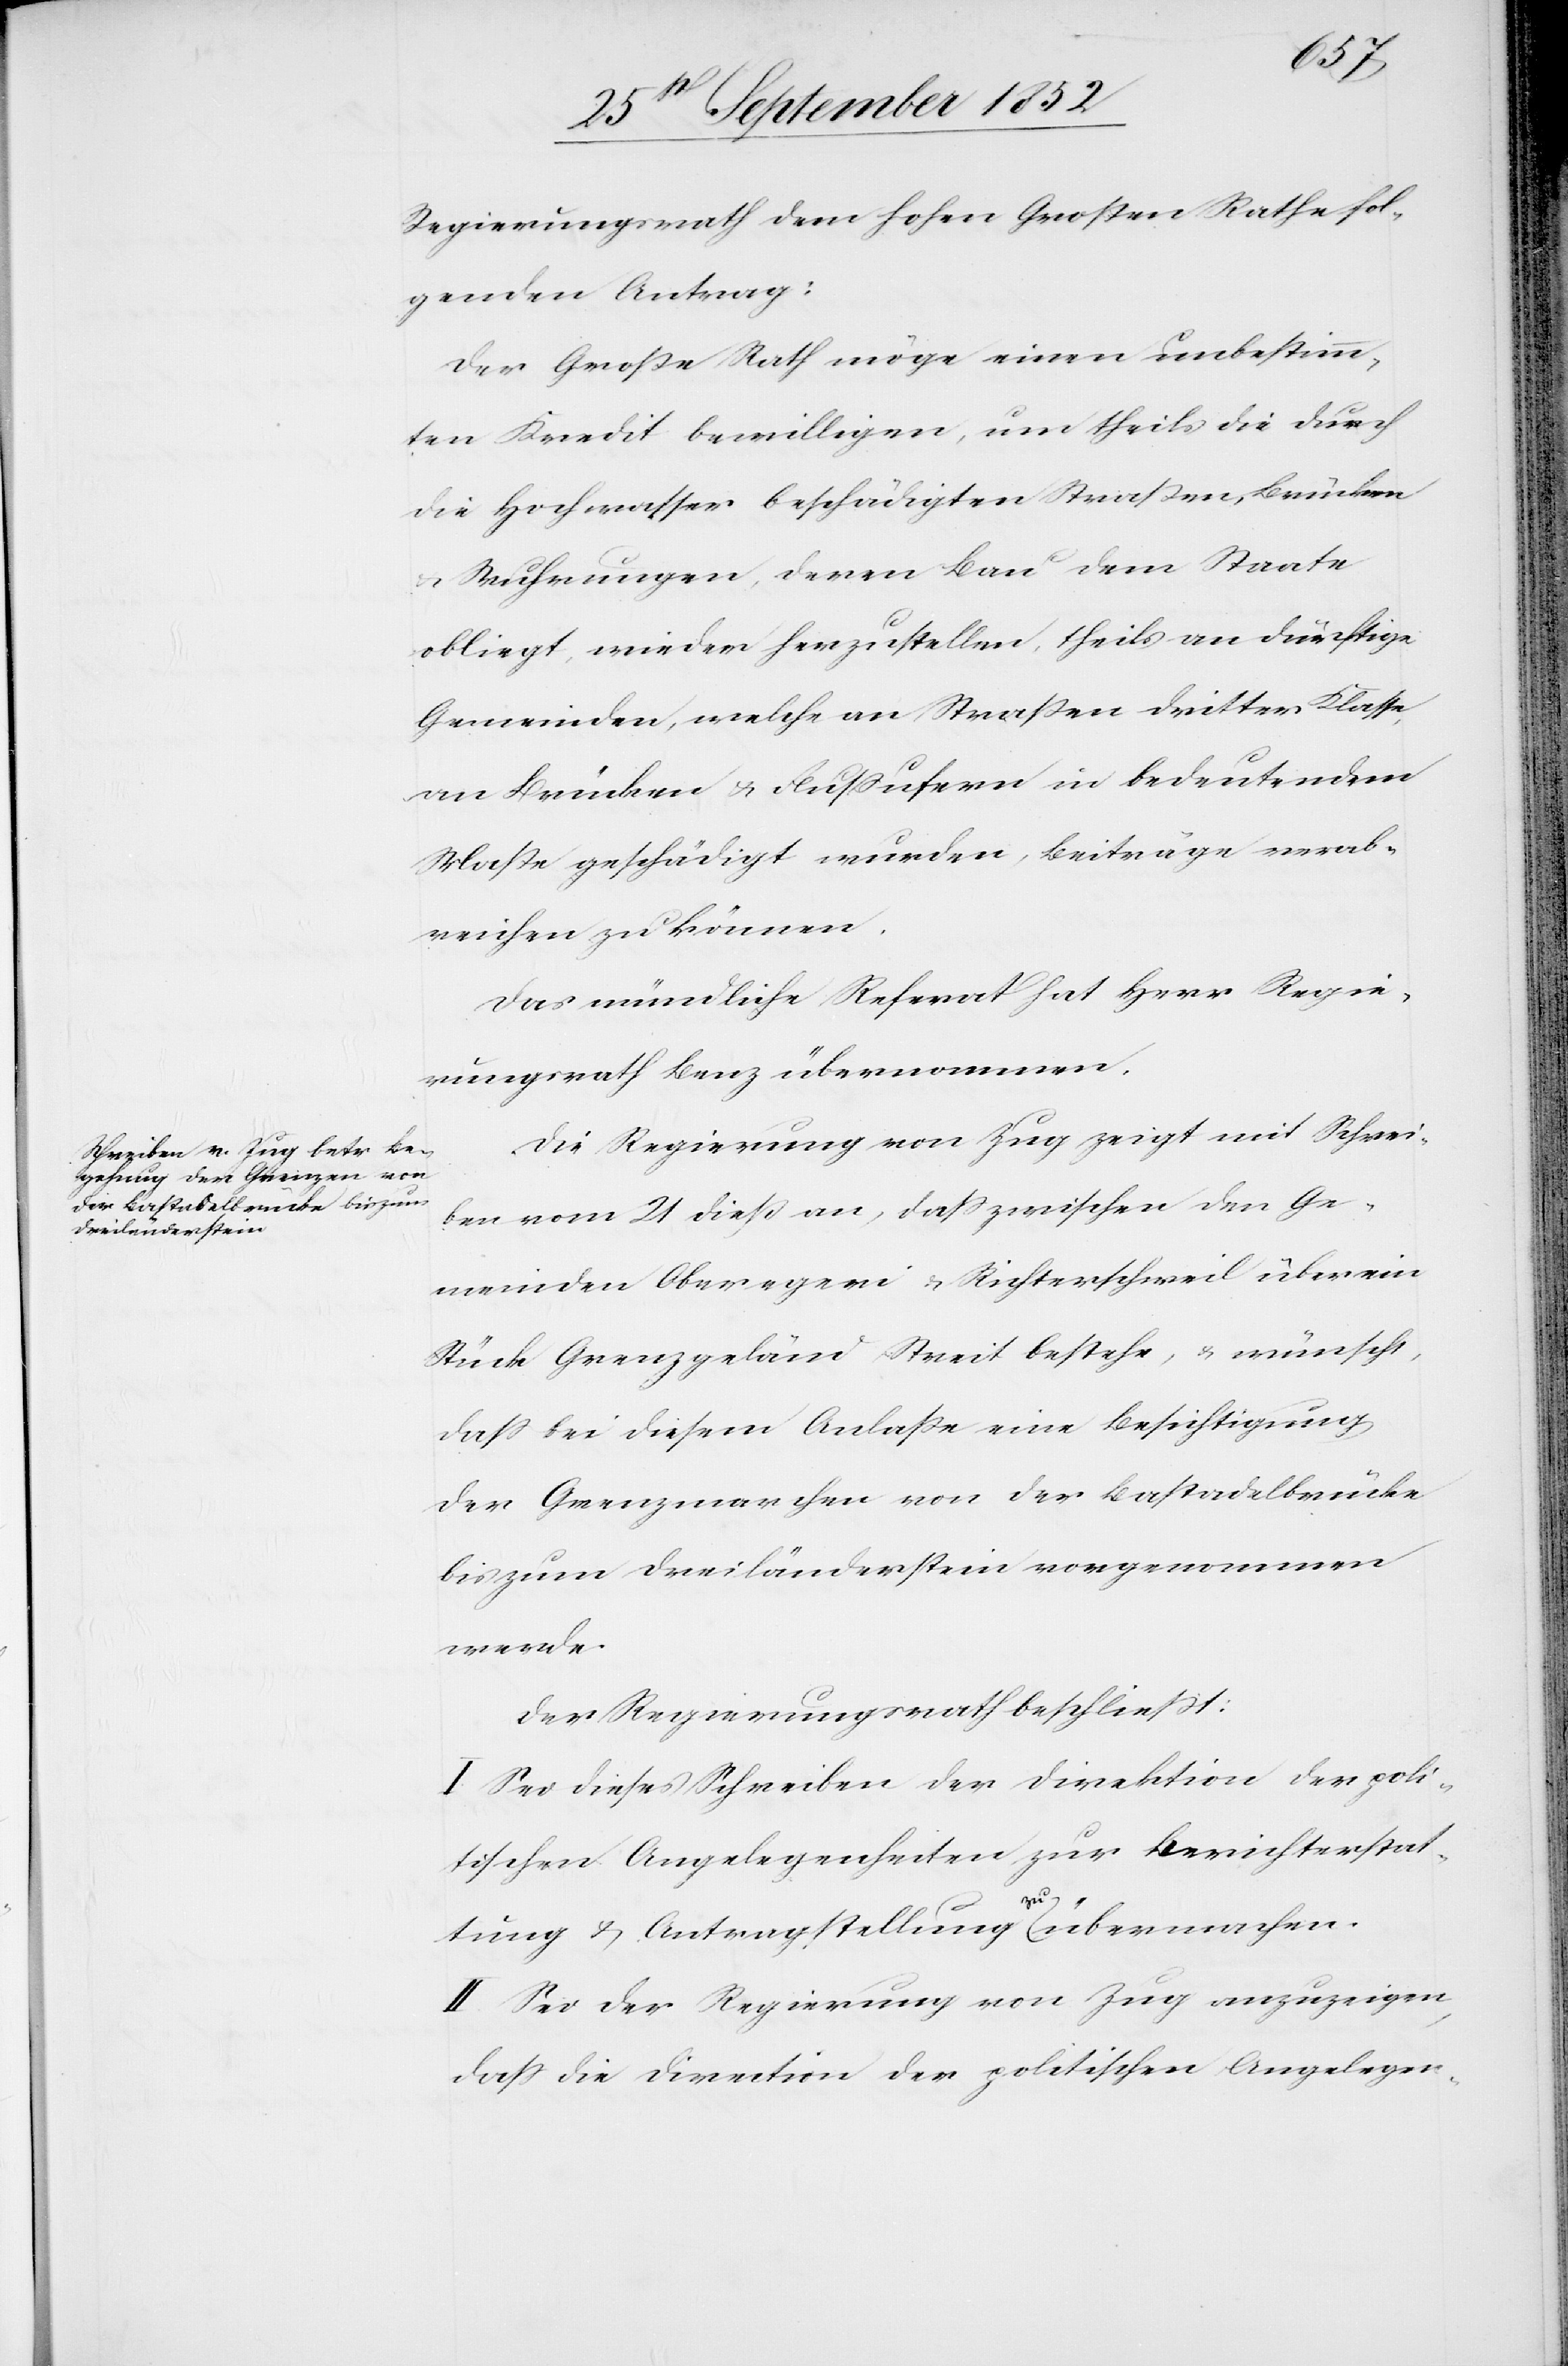
Regierungsrath dem hohen Großen Rathe fol¬
genden Antrag:
Der Große Rath möge einen unbestimm¬
ten Kredit bewilligen, um theils die durch
die Hochwasser beschädigten Straßen, Brücken
Wuhrungen, deren Bau dem Staate
obliegt, wieder herzustellen, theils an dürftige
Gemeinden, welche an Straßen dritter Klasse,
an Brücken & Flussufern in bedeutendem
Maße geschädigt wurden, Beiträge verab¬
reichen zu können.
Das mündliche Referat hat Herr Regie¬
rungsrath Benz übernommen.
Die Regierung von Zug zeigt mit Schrei¬
ben vom 21 dieß an, dass zwischen den Ge¬
meinden Oberegeri & Richterschweil über ein
Stück Grenzgeländ Streit bestehe, & wünscht,
dass bei diesem Anlaße eine Besichtigung
der Grenzmarchen von der Bastadelbrücke
bis zum Dreiländerstein vorgenommen
werde.
Der Regierungsrath beschließt:
I. Sei dieses Schreiben der Direktion der poli¬
tischen Angelegenheiten zur Berichterstat¬
tung & Antragstellung zu übermachen.
II. Sei der Regierung von Zug anzuzeigen,
dass die Direction der politischen Angelegen-